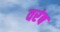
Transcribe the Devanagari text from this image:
वरंब